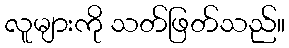
လူများကို သတ်ဖြတ်သည်။